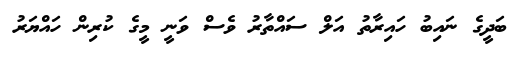
ބަދީގެ ނައިބު ހައިރާތު އަލް ސައްތާރު ވެސް ވަނީ މީގެ ކުރިން ހައްޔަރު